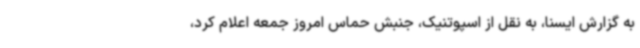
به گزارش ایسنا، به نقل از اسپوتنیک، جنبش حماس امروز جمعه اعلام کرد،